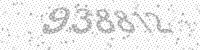
Solution: 938812